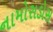
નામોરાડોસ